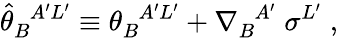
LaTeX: {\widehat\theta}_{B}^{\; \; A^{\prime}L^{\prime}}\equiv\theta_{B}^{\; \; A^{\prime}L^{\prime}}+\nabla_{B}^{\; \; A^{\prime}}\; \sigma^{L^{\prime}}\; ,